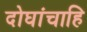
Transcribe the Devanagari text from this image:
दोघांचाहि